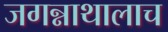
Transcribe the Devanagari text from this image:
जगन्नाथालाच